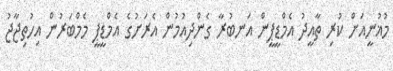
މުޣުނީއަށް ކުރި ތާއީދު އެމްޑީޕީން އަނބުރާ ގެންދިއުމުން އެރަށުގެ އެމްޑީޕީ މެމްބަރުން އިހުތިޖާޖު